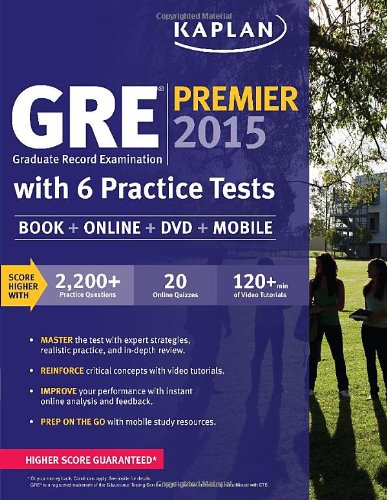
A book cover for GREÂ® Premier 2015 with 6 Practice Tests: Book + DVD + Online + Mobile (Kaplan Test Prep); Kaplan; Test Preparation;